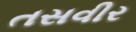
તસવીર